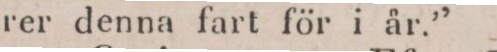
rer denna fart för i år.”